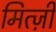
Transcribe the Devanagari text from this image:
मित्ज़ी